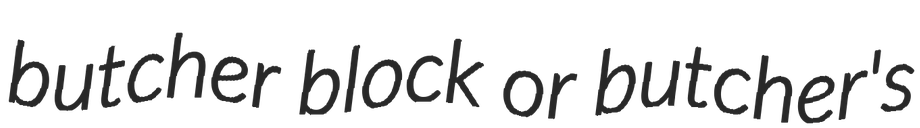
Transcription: butcher block or butcher's